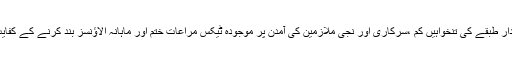
بڑے افسوس کی بات ہے کہ پی ٹی آئی کی حکومت تنخواہ دار طبقے کی تنخواہیں کم ،سرکاری اور نجی ملازمین کی آمدن پر موجودہ ٹیکس مراعات ختم اور ماہانہ الاؤنسز بند کرنے کے کفایت شعاری اورخودانحصاری کا پروگرام مرتب کرچکی ہے۔